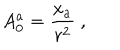
A _ { 0 } ^ { a } = \frac { x _ { a } } { r ^ { 2 } } ~ ,